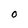
Character: O